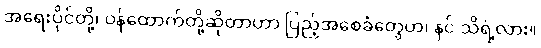
အရေးပိုင်တို့၊ ဝန်ထောက်တို့ဆိုတာဟာ ပြည့်အစေခံတွေဟ၊ နင် သိရဲ့လား။